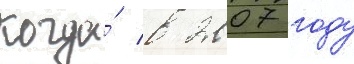
когда́ в 2007 году